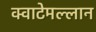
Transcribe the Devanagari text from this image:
क्वाटेमल्लान